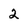
Character: 2